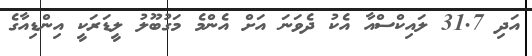
އަދި 31.7 ލައިކްސްއާ އެކު ދެވަނަ އަށް އެންމެ މަގުބޫލު ލީޑަރަކީ އިންޑިއާގެ